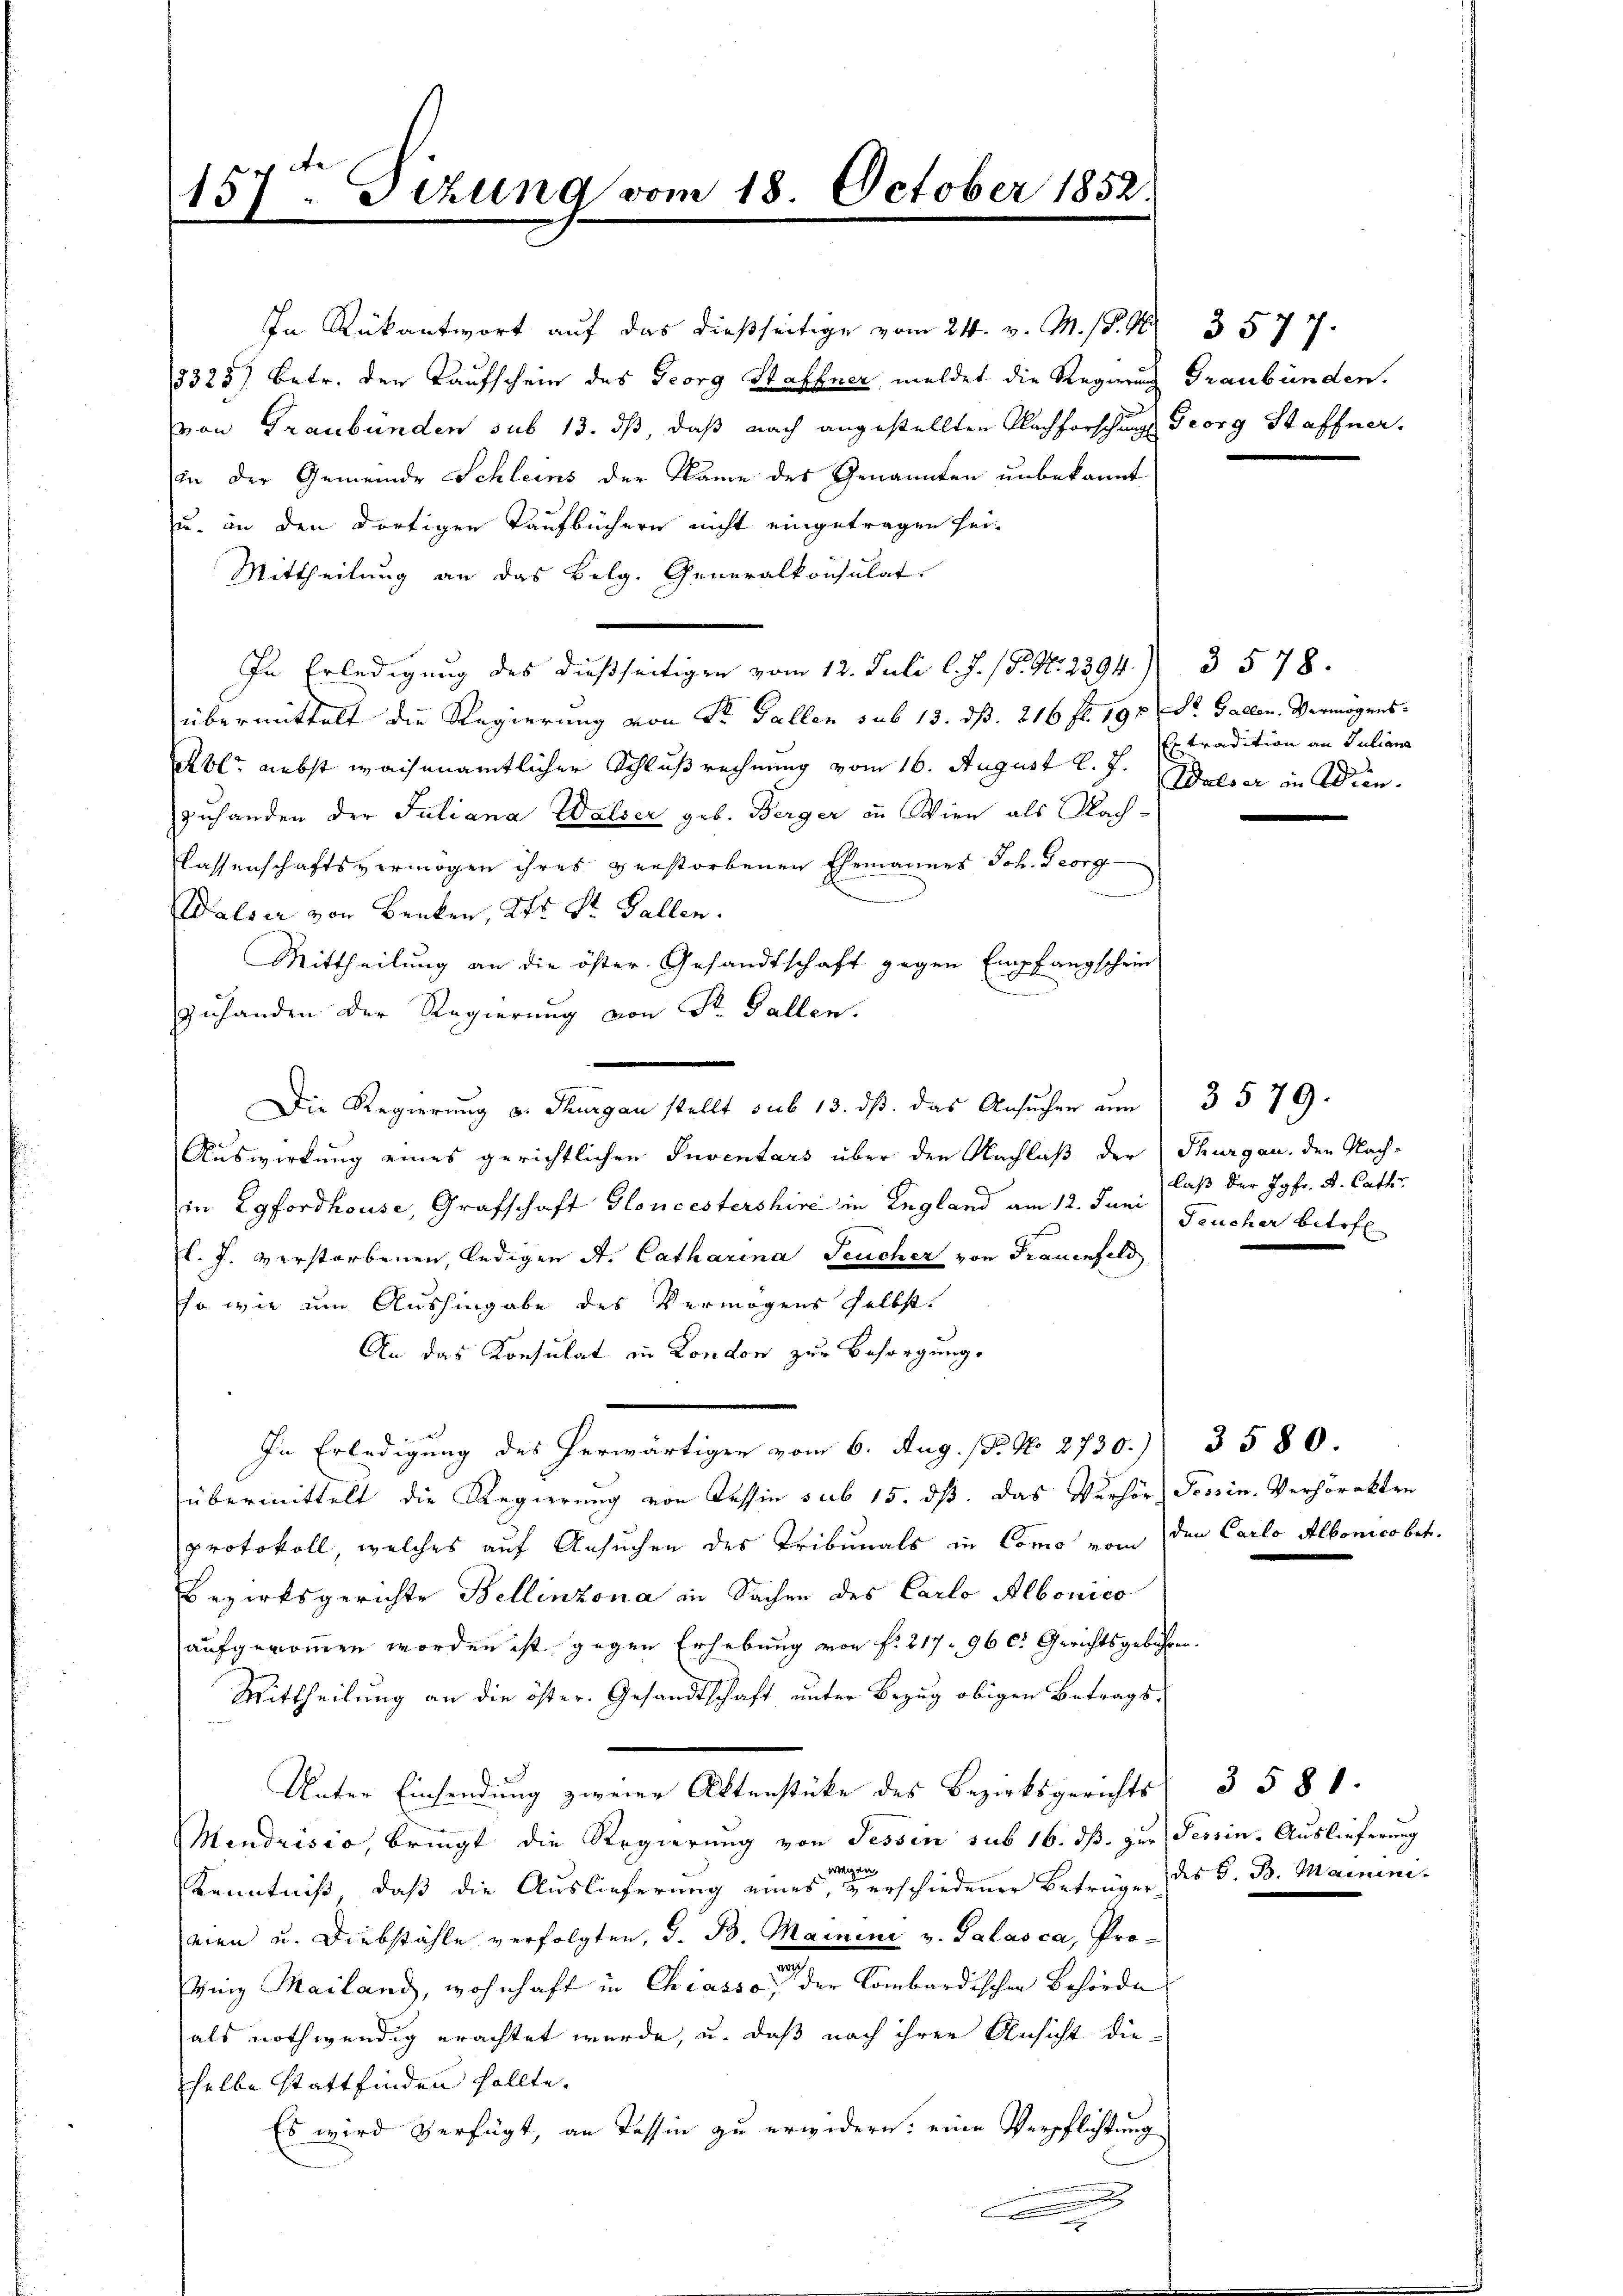
157ten Sizung vom 18. October 1852.

In Rükantwort auf das dießseitige vom 24. v. M. 18. G
8325) Betr. den Kaufschein des Georg Haffner meldet die Regierung Graubünden.
von Graubünden sub 13. ds, daß nach angestellten Nachforschungs Georg Staffner,
in der Gemeinde Schleins der Name des Genannten unbekannt
u. an den dortigen Taufbüchern nicht eingetragen sei.
Mittheilung an das Belg. Generalkonsulat
In Erledigung des dießseitigen vom 12. Juli l. J. / P. Nr. 2294. 3578.
übermittelt die Regierung von Sr. Gallen sub 13. dß. 216 fl. 197 St. Gallen. Vermögens-
Abl nebst waisenamtlicher Schluß rechnung vom 16. August l. J. Welser in Wienzuhanden der Juliana Walser geb. Berger in Wien als Nach-
Classenschaftsvermögen ihres verstorbenen Ehemannes Joh. Georg
Walser von Benken, Ott Dr. Gallen.
Mittheilung an die öster Gesandtschaft gegen Empfangschein
zuhanden der Regierung von Sr. Fallen.
Die Regierung u. Thurgau stellt sub 13. ds. das Ansuchen um
Auswirkung eines gerichtlichen Inventars über den Nachlaß der Thurgau, den Nach-
in Egfordhouse, Grafschaft Gloncestershire in England am 12. Juni Feucher betref
l. J. verstorbenen, ledigen A. Catharina Feucher von Frauenfeld
so wie um Aushingabe des Vermögens selbst.
An das Konsulat in London zur Besorgung,
In Erledigung des herwärtigen vom 6. Aug. 18. No. 2730. 3580.
übermittelt die Regierung von Cessin sub 15. dß. das Verhör Tessin. Verhörakten
protokoll, welches auf Ansuchen des Tribunals in Como vom den Carlo Albonico bet.
Bezirksgerichte Bellinzona in Sachen des Carlo Albonico
aufgenommen worden ist gegen Erhebung von f. 217. 96 c. Gerichtsgebühren.
Mittheilung an die öster. Gesandtschaft unter Bezug obigen Betrags-
Unter Einsendung zweier Aktenstüke des Bezirksgerichts
Mendrisio, bringt die Regierung von Tessin sub 16. dß. zur Tessin. Auslieferung
Kenntniß, daß die Auslieferung eines er erschiedener Beträge des S. B. Maininieien u. Diebstähle verfolgten, d. B. Mainini v. Palasca, Pro¬
Ging Mailand, wohnhaft in Chiasso, der Kombardischen Behörde
als nothwendig erachtet wurde, u. daß nach ihrer Ansicht die
helbe stattfinden sollte.
Es wird verfügt, an Tessin zu erwidern: eine Verpflichtung
n
.

3577.

Er tradition an Julians

laß der Jgfr. A. Cath

3579.

3581.